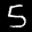
Label: 5